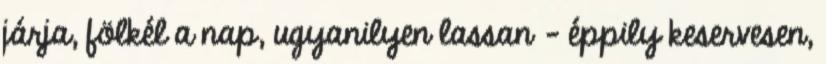
járja, fölkél a nap, ugyanilyen lassan - éppily keservesen,